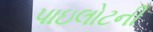
પાઇલોટની